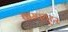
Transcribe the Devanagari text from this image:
कम्‍पयूटर